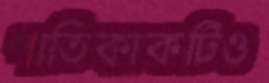
পাতিকাকটিও